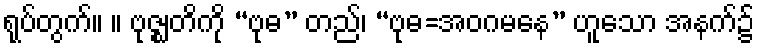
ရုပ်တွက်။ ။ ဗုဇ္ဈတိကို “ဗုဓ” တည်၊ “ဗုဓ=အဝဂမနေ” ဟူသော အနက်၌